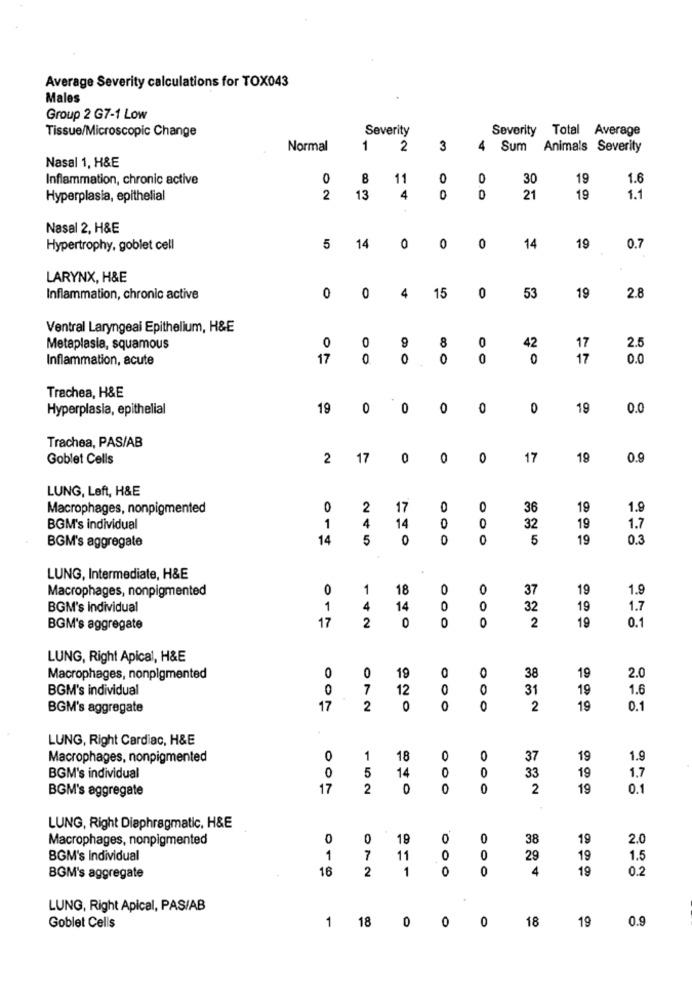
Average Severity calculations for TOX043
Males
Group 2 G7-1 Low
Tissue/Microscopic Change
Severity
Severity Total Average
Normal
1
2
3
4
Sum
Animals Severity
Nasal 1, H&E
Inflammation, chronic active
0
8
11
0
0
30
19
1.6
Hyperplasia, epithelial
2
13
4
0
0
21
19
1.1
Nasal 2, H&E
Hypertrophy, goblet cell
5
14
0
0
0
14
19
0.7
LARYNX, H&E
4
53
Inflammation, chronic active
0
0
15
0
19
2.8
Ventral Laryngeal Epithelium, H&E
0
9
8
0
42
Metaplasia, squamous
0
17
2.5
Inflammation, acute
17
0
0
0
0
0
17
0.0
Trachea, H&E
Hyperplasia, epithelial
19
0
0
0
0
0
19
0.0
Trachea, PAS/AB
Goblet Cells
2
17
0
0
0
17
19
0.9
LUNG, Left, H&E
Macrophages, nonpigmented
0
2
17
0
0
36
19
1.9
4
0
BGM's individual
1
14
32
19
1.7
14
5
0
0
0
5
19
0.3
BGM's aggregate
LUNG, Intermediate, H&E
Macrophages, nonpigmented
0
1
18
0
0
37
19
1.9
BGM's individual
1
4
14
O
0
32
19
1.7
17
0
0
0
2
19
0.1
BGM's aggregate
2
LUNG, Right Apical, H&E
0
19
38
19
Macrophages, nonpigmented
O
0
0
2.0
BGM's individual
0
7
12
0
0
31
19
1.6
BGM's aggregate
17
2
0
0
0
2
19
0.1
LUNG, Right Cardiac, H&E
Macrophages, nonpigmented
0
1
18
0
0
37
19
1.9
0
5
14
33
19
BGM's individual
0
1.7
BGM's aggregate
17
2
0
0
0
2
19
0.1
LUNG, Right Diaphragmatic, H&E
Macrophages, nonpigmented
0
19
0
0
38
19
2.0
BGM's Individual
1
7
11
0
0
29
19
1.5
16
2
1
0
0
4
19
0.2
BGM's aggregate
LUNG, Right Apical, PAS/AB
1
18
0
0
0
18
19
Goblet Cells
0.9